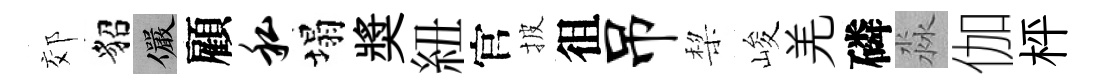
郊貂儼顧私塌奬紐官披徂吊棃峻羌磷淼伽枰